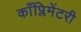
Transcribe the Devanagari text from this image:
काँप्लिमेंटरी